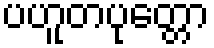
ပဟူတပုတ္တော